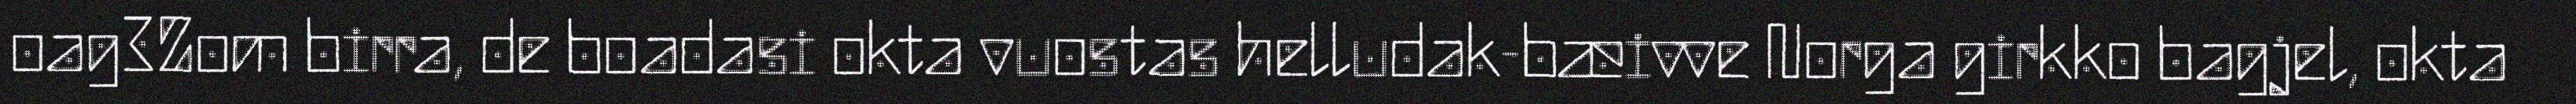
oag3Zom birra, de boadasi okta vuostas helludak-bæivve Norga girkko bagjel, okta